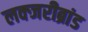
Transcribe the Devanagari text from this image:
लक्जरीब्रांड